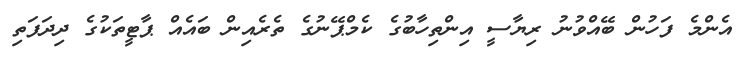
އެންމެ ފަހުން ބޭއްވުނު ރިޔާސީ އިންތިހާބުގެ ކެމްޕޭނުގެ ތެރެއިން ބައެއް ޕާޓީތަކުގެ ދިދަފަތި